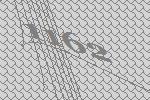
1162